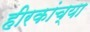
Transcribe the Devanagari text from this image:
हीरकांच्या